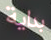
بداية